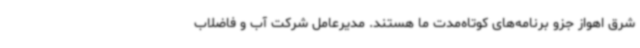
شرق اهواز جزو برنامه‌های کوتاه‌مدت ما هستند. مدیرعامل شرکت آب و فاضلاب